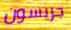
جريسون